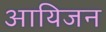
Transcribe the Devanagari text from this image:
आयिजन